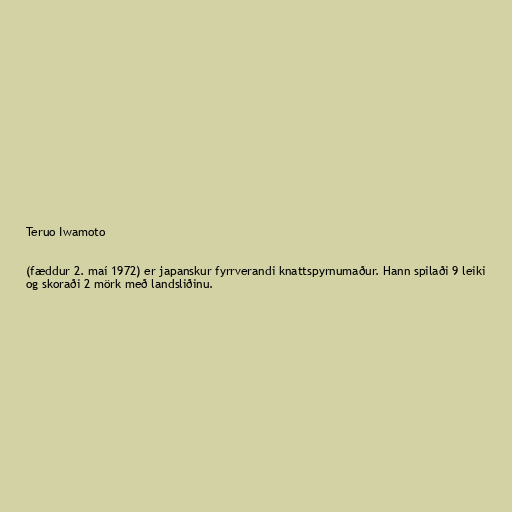
Teruo Iwamoto

(fæddur 2. maí 1972) er japanskur fyrrverandi knattspyrnumaður. Hann spilaði 9 leiki
og skoraði 2 mörk með landsliðinu.